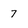
Character: 7